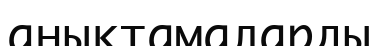
анықтамаларды